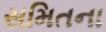
સમિતના